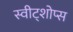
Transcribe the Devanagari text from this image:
स्वीट्शोप्स